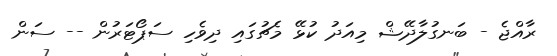
ރާއްޖެ - ބަނގުލާދޭޝް މިއަދު ކުޅޭ މެޗުގައި ދިވެހި ސަޕޯޓަރުން -- ސަން